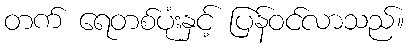
တက် ရေတစ်ပုံးနှင့် ပြန်ဝင်လာသည်။